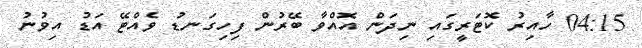
04:15 ހާއިރު ކޮޓަރީގައި ނިދަން އޮއްވާ ބޭރުން ފިހިގަނޑު ވެެއްޓޭ އަޑު އިވުނު